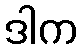
ဒါက